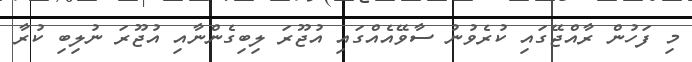
މި ފަހުން ރާއްޖޭގައި ކުރެވުނު ސާވޭއެއްގައި އުޖޫރަ ލިބިގެންނާއި އުޖޫރަ ނުލިބި ކުރާ